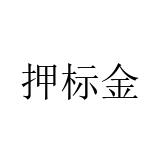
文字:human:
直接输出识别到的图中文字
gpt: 押标金